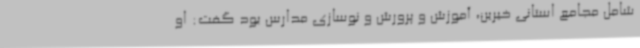
شامل مجامع استانی خیرین، آموزش و پرورش و نوسازی مدارس بود گفت: او